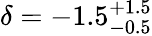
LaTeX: \delta=-1.5_{-0.5}^{+1.5}